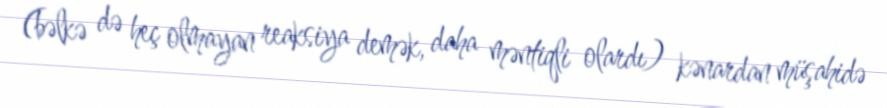
(bəlkə də heç olmayan reaksiya demək, daha məntiqli olardı) kənardan müşahidə